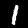
Label: 1